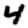
Digit: 4